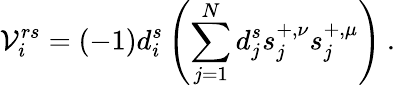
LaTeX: \mathcal{V}_{i}^{rs}=(-1)d_{i}^{s}\left(\sum_{j=1}^{N}d_{j}^{s}s_{j}^{+,\nu}s_{j}^{+,\mu}\right)\: .